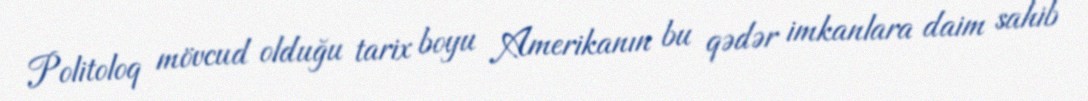
Politoloq mövcud olduğu tarix boyu Amerikanın bu qədər imkanlara daim sahib